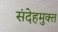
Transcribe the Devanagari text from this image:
संदेहमुक्त